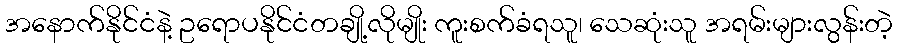
အနောက်နိုင်ငံနဲ့ ဥရောပနိုင်ငံတချို့လိုမျိုး ကူးစက်ခံရသူ၊ သေဆုံးသူ အရမ်းများလွန်းတဲ့